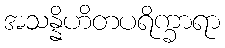
အသန္နိဟိတပရိက္ခာရာ